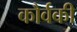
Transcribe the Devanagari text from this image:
कौर्वकी